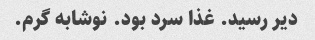
دیر رسید. غذا سرد بود. نوشابه گرم.